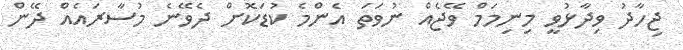
ޖިހާދު ވިދާޅުވީ މިނިމަމް ވޭޖެއް ނުވަތަ އެންމެ ކުޑަކޮށް ދެވޭނެ މުސާރައެއް ދޭން